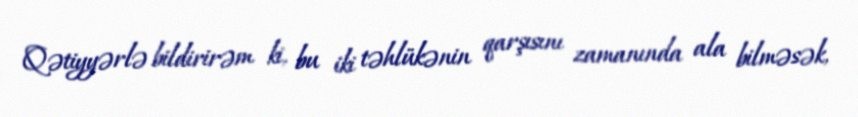
Qətiyyərlə bildirirəm ki, bu iki təhlükənin qarşısını zamanında ala bilməsək,